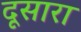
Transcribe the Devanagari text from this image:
दूसारा